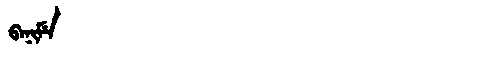
Manchu: ᠪᠠᠨᡳᠮᡝ
Romanization: BANIME